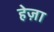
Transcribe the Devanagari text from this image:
हेज़ा